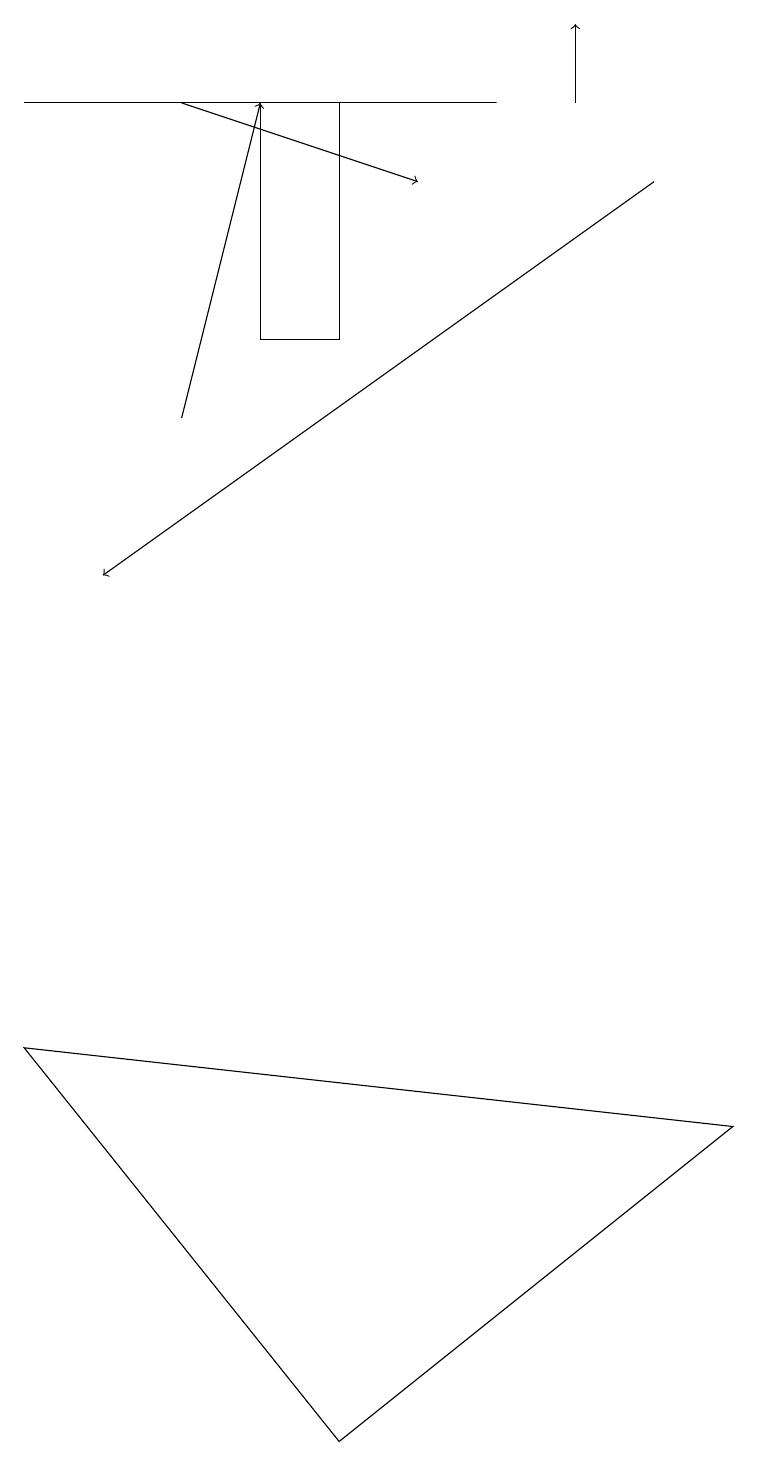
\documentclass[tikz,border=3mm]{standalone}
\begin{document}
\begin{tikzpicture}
\draw[->] (7,18) -- (7,19);
\draw (0,6) -- (9,5) -- (4,1) -- cycle;
\draw (3,18) rectangle (4,15);
\draw[->] (2,18) -- (5,17);
\draw (0,18) rectangle (6,18);
\draw[->] (2,14) -- (3,18);
\draw[->] (8,17) -- (1,12);
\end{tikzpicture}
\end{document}